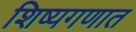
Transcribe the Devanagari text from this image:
शिष्यगणात